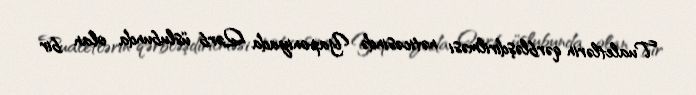
Tualetlərin qərbləşdirilməsi nəticəsində Yaponiyada Qərb üslubunda olan bir